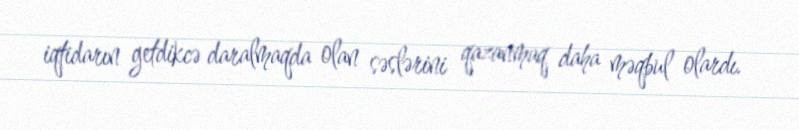
iqtidarın getdikcə daralmaqda olan səslərini qazanmaq daha məqbul olardı.